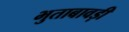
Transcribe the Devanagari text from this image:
भुताबावड़ी